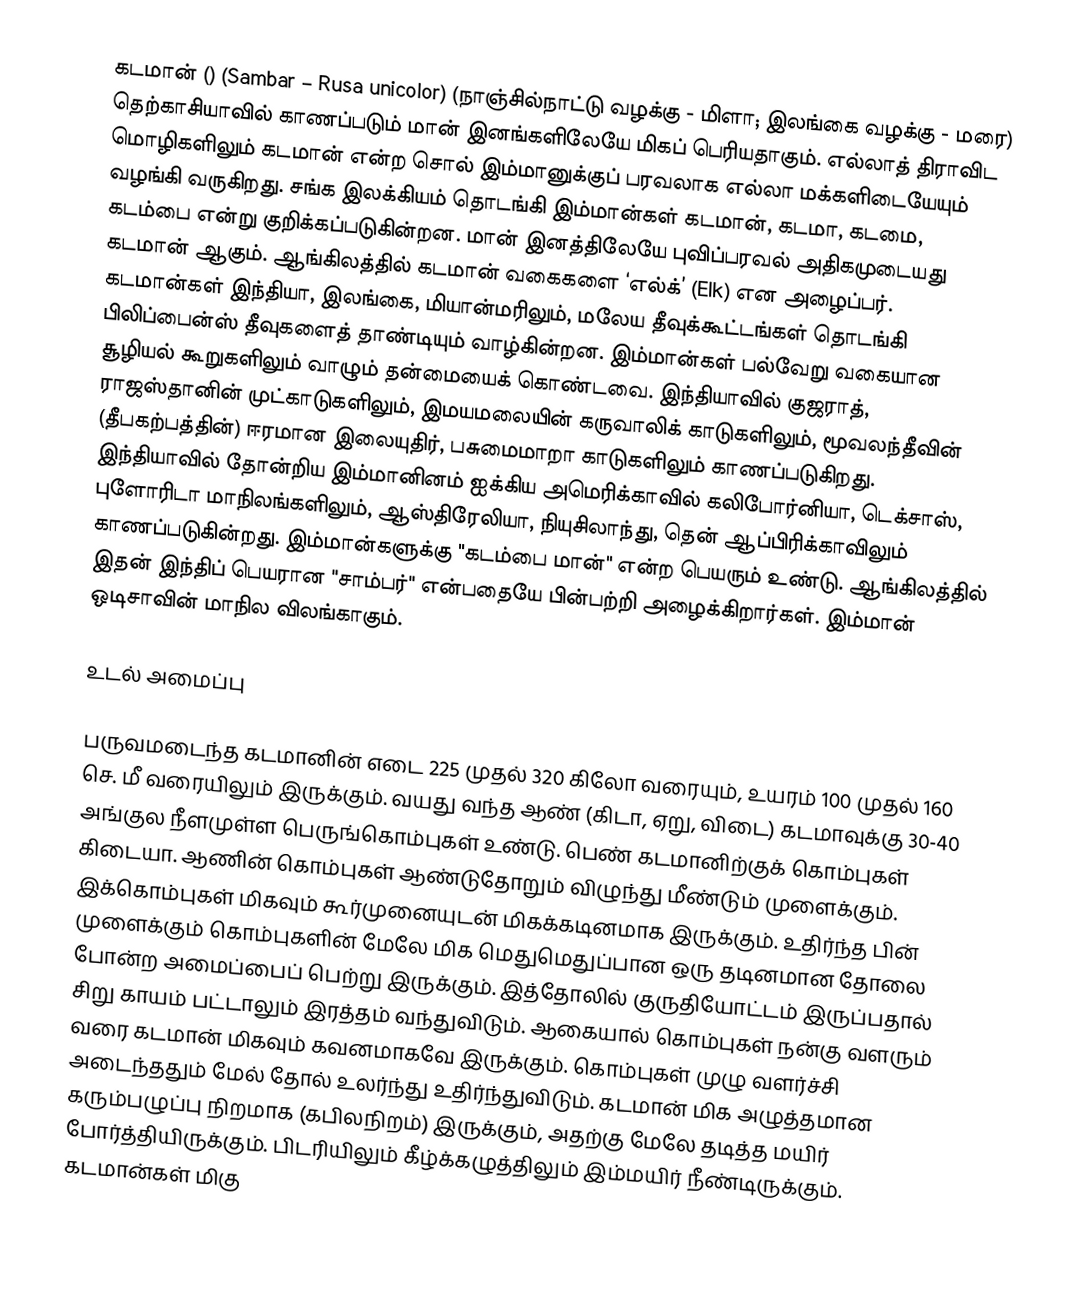
கடமான் () (Sambar – Rusa unicolor) (நாஞ்சில்நாட்டு வழக்கு - மிளா; இலங்கை வழக்கு - மரை) தெற்காசியாவில் காணப்படும் மான் இனங்களிலேயே மிகப் பெரியதாகும். எல்லாத் திராவிட மொழிகளிலும் கடமான் என்ற சொல் இம்மானுக்குப் பரவலாக எல்லா மக்களிடையேயும் வழங்கி வருகிறது. சங்க இலக்கியம் தொடங்கி இம்மான்கள் கடமான், கடமா, கடமை, கடம்பை என்று குறிக்கப்படுகின்றன. மான் இனத்திலேயே புவிப்பரவல் அதிகமுடையது கடமான் ஆகும். ஆங்கிலத்தில் கடமான் வகைகளை ‘எல்க்’ (Elk) என அழைப்பர். கடமான்கள் இந்தியா, இலங்கை, மியான்மரிலும், மலேய தீவுக்கூட்டங்கள் தொடங்கி பிலிப்பைன்ஸ் தீவுகளைத் தாண்டியும் வாழ்கின்றன. இம்மான்கள் பல்வேறு வகையான சூழியல் கூறுகளிலும் வாழும் தன்மையைக் கொண்டவை. இந்தியாவில் குஜராத், ராஜஸ்தானின் முட்காடுகளிலும், இமயமலையின் கருவாலிக் காடுகளிலும், மூவலந்தீவின் (தீபகற்பத்தின்) ஈரமான இலையுதிர், பசுமைமாறா காடுகளிலும் காணப்படுகிறது. இந்தியாவில் தோன்றிய இம்மானினம் ஐக்கிய அமெரிக்காவில் கலிபோர்னியா, டெக்சாஸ், புளோரிடா மாநிலங்களிலும், ஆஸ்திரேலியா, நியுசிலாந்து, தென் ஆப்பிரிக்காவிலும் காணப்படுகின்றது. இம்மான்களுக்கு "கடம்பை மான்" என்ற பெயரும் உண்டு. ஆங்கிலத்தில் இதன் இந்திப் பெயரான "சாம்பர்" என்பதையே பின்பற்றி அழைக்கிறார்கள். இம்மான் ஒடிசாவின் மாநில விலங்காகும்.

உடல் அமைப்பு

பருவமடைந்த கடமானின் எடை 225 முதல் 320 கிலோ வரையும், உயரம் 100 முதல் 160 செ. மீ வரையிலும் இருக்கும். வயது வந்த ஆண் (கிடா, ஏறு, விடை) கடமாவுக்கு 30-40 அங்குல நீளமுள்ள பெருங்கொம்புகள் உண்டு. பெண் கடமானிற்குக் கொம்புகள் கிடையா. ஆணின் கொம்புகள் ஆண்டுதோறும் விழுந்து மீண்டும் முளைக்கும். இக்கொம்புகள் மிகவும் கூர்முனையுடன் மிகக்கடினமாக இருக்கும். உதிர்ந்த பின் முளைக்கும் கொம்புகளின் மேலே மிக மெதுமெதுப்பான ஒரு தடினமான தோலை போன்ற அமைப்பைப் பெற்று இருக்கும். இத்தோலில் குருதியோட்டம் இருப்பதால் சிறு காயம் பட்டாலும் இரத்தம் வந்துவிடும். ஆகையால் கொம்புகள் நன்கு வளரும் வரை கடமான் மிகவும் கவனமாகவே இருக்கும். கொம்புகள் முழு வளர்ச்சி அடைந்ததும் மேல் தோல் உலர்ந்து உதிர்ந்துவிடும். கடமான் மிக அழுத்தமான கரும்பழுப்பு நிறமாக (கபிலநிறம்) இருக்கும், அதற்கு மேலே தடித்த மயிர் போர்த்தியிருக்கும். பிடரியிலும் கீழ்க்கழுத்திலும் இம்மயிர் நீண்டிருக்கும். கடமான்கள் மிகு